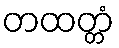
တထတ္တံ